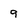
Character: 9